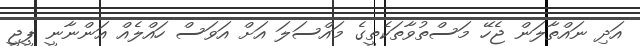
އަދި ނައްތާލަން ޖެހޭ މަސްތުވާތަކެތީގެ މައްސަލަ އަށް އަވަސް ހައްލެއް އަންނާނީ ޕީޖީ